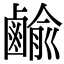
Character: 𪉰